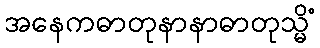
အနေကဓာတုနာနာဓာတုသ္မိံ